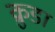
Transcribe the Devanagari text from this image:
क्रुडा